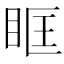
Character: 眶